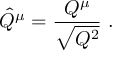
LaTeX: \hat { Q } ^ { \mu } = \frac { Q ^ { \mu } } { \sqrt { Q ^ { 2 } } } \ .